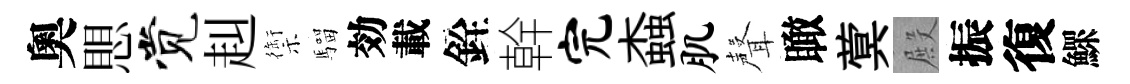
奧愳觉赳禦騮効載銓幹完螙肌聲瞰蓂殿振復鰥